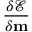
\frac { \delta \mathcal { E } } { \delta \mathbf { m } }